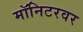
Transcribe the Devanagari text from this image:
मॉनिटरवर